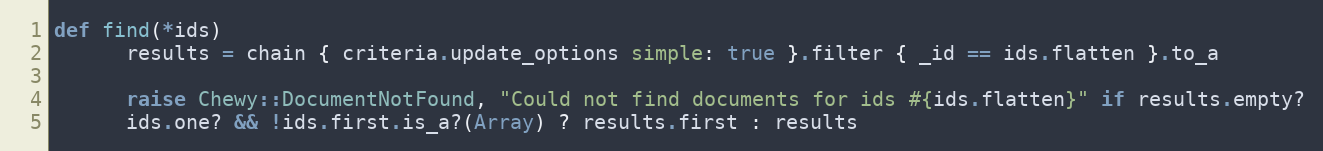
Language: Ruby
def find(*ids)
      results = chain { criteria.update_options simple: true }.filter { _id == ids.flatten }.to_a

      raise Chewy::DocumentNotFound, "Could not find documents for ids #{ids.flatten}" if results.empty?
      ids.one? && !ids.first.is_a?(Array) ? results.first : results